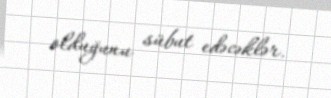
olduğunu sübut edəcəklər.